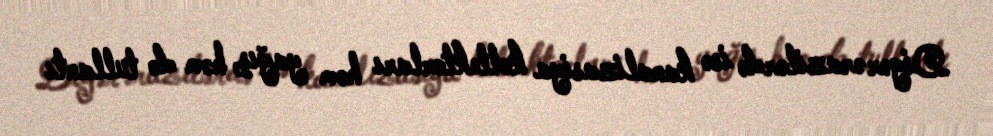
Digər ərazilərdə isə kanalizasiya kollektorları həm yağış, həm də tullantı